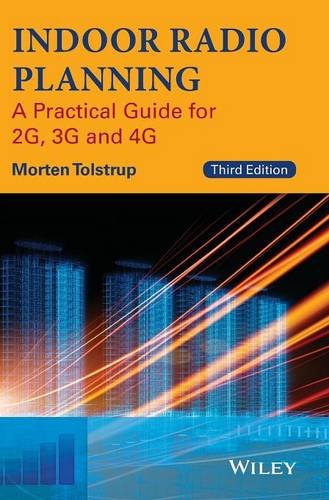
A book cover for Indoor Radio Planning: A Practical Guide for 2G, 3G and 4G; Morten Tolstrup; Crafts, Hobbies & Home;